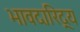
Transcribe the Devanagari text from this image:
भावदारिद्र्य